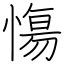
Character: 慯